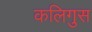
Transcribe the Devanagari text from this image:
कलिगुस